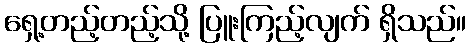
ရှေ့တည့်တည့်သို့ ပြူးကြည့်လျက် ရှိသည်။